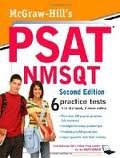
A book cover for McGraw-Hill's PSAT/NMSQT 2nd (second) edition; Christopher Black; Test Preparation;